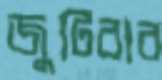
জুটিবার